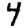
Digit: 4